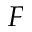
F